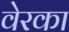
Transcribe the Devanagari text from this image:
वेरका